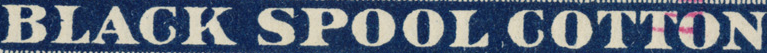
BLACK SPOOL COTTON